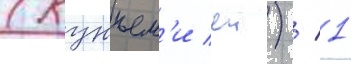
(кунъем'и еи) / 1